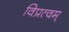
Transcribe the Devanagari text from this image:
विप्रत्वम्